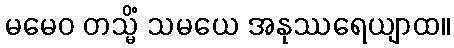
မမေဝ တသ္မိံ သမယေ အနုဿရေယျာထ။